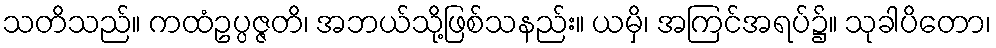
သတိသည်။ ကထံဥပ္ပဇ္ဇတိ၊ အဘယ်သို့ဖြစ်သနည်း။ ယမှိ၊ အကြင်အရပ်၌။ သုခါပိတော၊